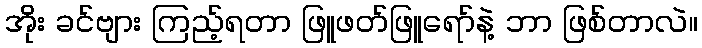
အိုး ခင်ဗျား ကြည့်ရတာ ဖြူဖတ်ဖြူရော်နဲ့ ဘာ ဖြစ်တာလဲ။